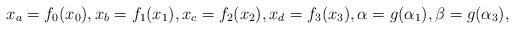
LaTeX: \begin{align*}x_a=f_0(x_0),x_b=f_1(x_1),x_c=f_2(x_2),x_d=f_3(x_3),\alpha=g(\alpha_1),\beta=g(\alpha_3),\end{align*}